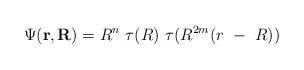
LaTeX: \begin{align*}\Psi({\bf r},{\bf R}) = R^n~\tau(R)~\tau(R^{2m}(r~-~R))\end{align*}